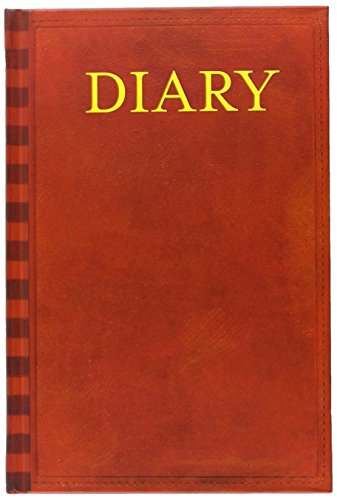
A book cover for Diary of a Wimpy Kid Book Journal; Mudpuppy; Children's Books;